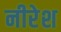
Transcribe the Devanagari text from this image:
नीरेश